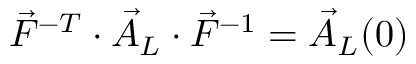
\vec { F } ^ { - T } \cdot \vec { A } _ { L } \cdot \vec { F } ^ { - 1 } = \vec { A } _ { L } ( 0 )